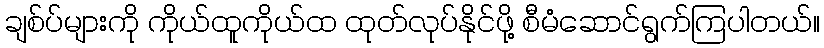
ချစ်ပ်များကို ကိုယ်ထူကိုယ်ထ ထုတ်လုပ်နိုင်ဖို့ စီမံဆောင်ရွက်ကြပါတယ်။